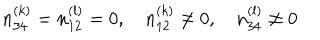
n _ { 3 4 } ^ { ( k ) } = n _ { 1 2 } ^ { ( l ) } = 0 , \quad n _ { 1 2 } ^ { ( k ) } \ne 0 , \quad n _ { 3 4 } ^ { ( l ) } \ne 0